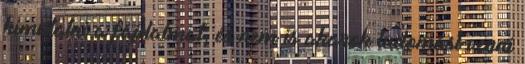
kimutatni a fájdalmat, és nem is akarok tudomást venni